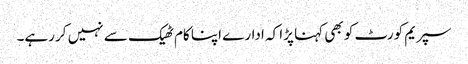
سپریم کورٹ کو بھی کہنا پڑا کہ ادارے اپنا کام ٹھیک سے نہیں کر رہے۔